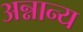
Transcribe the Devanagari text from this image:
अन्नान्य